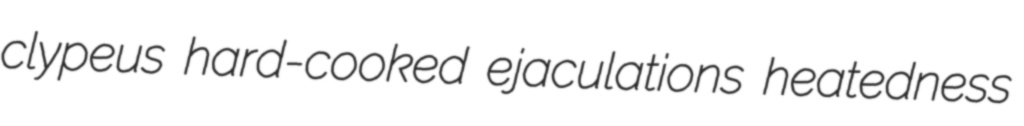
clypeus hard-cooked ejaculations heatedness